Annual report of the Punjab Veterinary College and of the Civil Veterinary Department, Punjab - 1909-1919
Year: 1909
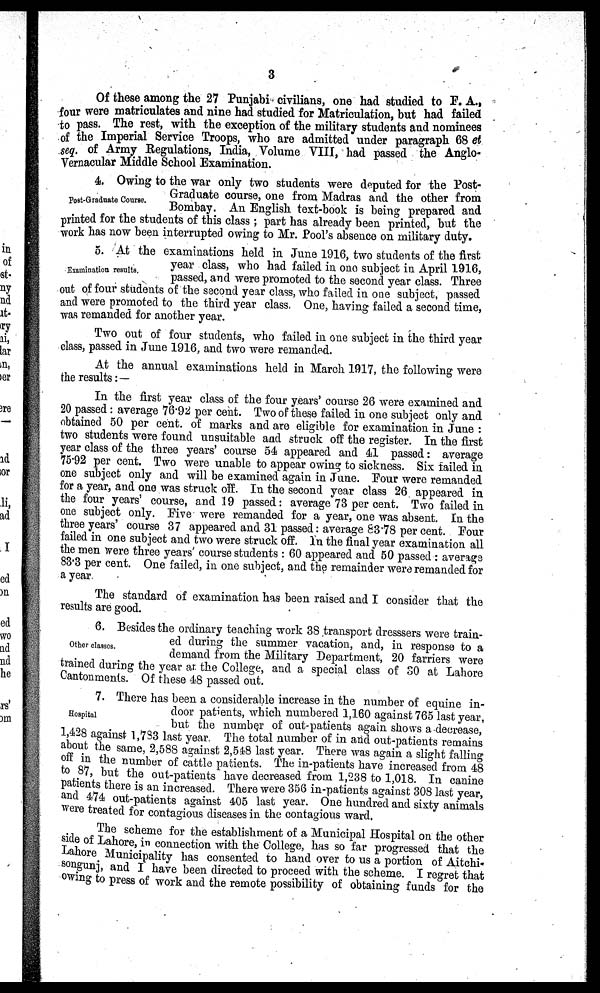
3
Of these among the 27 Punjabi civilians, one had studied to F. A.,
four were matriculates and nine had studied for Matriculation, but had failed
to pass. The rest, with the exception of the military students and nominees
of the Imperial Service Troops, who are admitted under paragraph 68 et
seq. of Army Regulations, India, Volume VIII, had passed the Anglo-
Vernacular Middle School Examination.
Post-Graduate Course.
4. Owing to the war only two students were deputed for the Post-
Graduate course, one from Madras and the other from
Bombay. An English text-book is being prepared and
printed for the students of this class ; part has already been printed, but the
work has now been interrupted owing to Mr. Pool's absence on military duty.
Examination results.
5. At the examinations held in June 1916, two students of the first
year class, who had failed in one subject in April 1916,
passed, and were promoted to the second year class. Three
out of four students of the second year class, who failed in one subject, passed
and were promoted to the third year class. One, having failed a second time,
was remanded for another year.
Two out of four students, who failed in one subject in the third year
class, passed in June 1916, and two were remanded.
At the annual examinations held in March 1917, the following were
the results: —
In the first year class of the four years' course 26 were examined and
20 passed : average 76.92 per cent. Two of these failed in one subject only and
obtained 50 per cent. of marks and are eligible for examination in June :
two students were found unsuitable and struck off the register. In the first
year class of the three years' course 54 appeared and 41 passed : average
75.92 per cent. Two were unable to appear owing to sickness. Six tailed in
one subject only and will be examined again in June. Four were remanded
for a year, and one was struck off. In the second year class 26 appeared in
the four years' course, and 19 passed : average 73 per cent. Two failed in
one subject only. Five were remanded for a year, one was absent. In the
three years' course 37 appeared and 31 passed : average 83.78 per cent. Pour
failed in one subject and two were struck off. In the final year examination all
the men were three years' course students : 60 appeared and 50 passed : average
83.3 per cent. One failed, in one subject, and the remainder were remanded for
a year.
The standard of examination has been raised and I consider that the
results are good.
Other classes.
6. Besides the ordinary teaching work 38 transport dresssers were train-
ed during the summer vacation, and, in response to a
demand from the Military Department, 20 farriers were
trained during the year at the College, and a special class of 30 at Lahore
Cantonments. Of these 48 passed out.
Hospital
7. There has been a considerable increase in the number of equine in-
door patients, which numbered 1,160 against 765 last year,
but the number of out patients again shows a decrease,
1,428 against 1,733 last year. The total number of in and out-patients remains
about the same, 2,588 against 2,548 last year. There was again a slight falling
off in the number of cattle patients. The in-patients have increased from 48
to 87, but the out-patients have decreased from 1,238 to 1,018. In canine
patients there is an increased. There were 356 in-patients against 308 last year,
and 474 out-patients against 405 last year. One hundred and sixty animals
were treated for contagious diseases in the contagious ward.
The scheme for the establishment of a Municipal Hospital on the other
side of Lahore, in connection with the College, has so far progressed that the
Lahore Municipality has consented to hand over to us a portion of Aitchi-
songunj, and I have been directed to proceed with the scheme. I regret that
owing to press of work and the remote possibility of obtaining funds for the